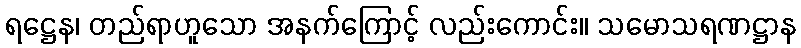
ရဋ္ဌေန၊ တည်ရာဟူသော အနက်ကြောင့် လည်းကောင်း။ သမောသရဏဋ္ဌာန